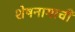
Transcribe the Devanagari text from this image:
शेषनागाची